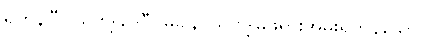
ရှိကုန်ပြီ။ သုဗဒ္ဒါဒေဝီပမုခါနိ၊ သုဗဒ္ဒါမိဖုရားအမှူးရှိကုန်သော။